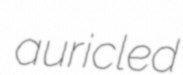
auricled